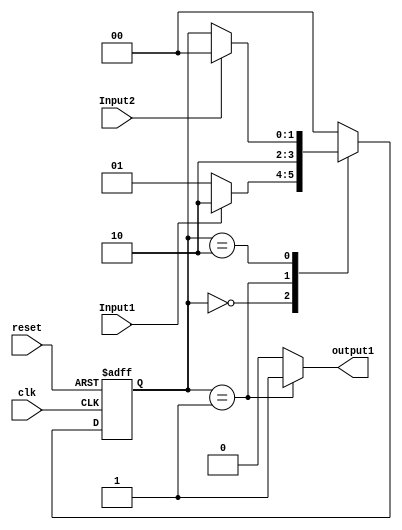
module state_mach (clk, reset, Input1, Input2, output1);

input clk, reset, Input1, Input2;
output output1;
reg output1;
reg [1:0] state;

parameter [1:0] state_A=0, state_B=1, state_C=2;
    
always @ (posedge clk or posedge reset)
begin
    if (reset)
        state = state_A;
    else
        case(state)
			state_A:
				if (Input1 ==0)
					state = state_B;
				else
					state = state_C;
			state_B:
				state = state_C;
            state_C:
				if (Input2) state = state_A;
				
            default: state = state_A;
        endcase
end

always @(state)
begin
    case (state)
        state_A: output1 = 0;
        state_B: output1 = 1;
        state_C: output1 = 0;
		
        default: output1 = 0;
    endcase
end
endmodule